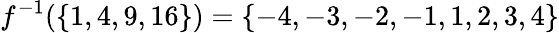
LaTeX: f^{-1}(\left\{ 1,4,9,16\right\} )=\left\{ -4,-3,-2,-1,1,2,3,4\right\}